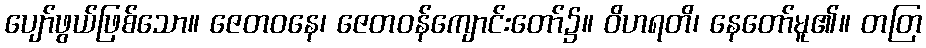
ပျော်ဖွယ်ဖြစ်သော။ ဇေတဝနေ၊ ဇေတဝန်ကျောင်းတော်၌။ ဝိဟရတိ၊ နေတော်မူ၏။ တတြ